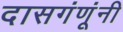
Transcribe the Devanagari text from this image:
दासगंणूंनी